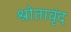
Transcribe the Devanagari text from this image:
श्रोतावृंद